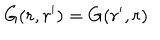
LaTeX: G ( r , r ^ { \prime } ) = G ( r ^ { \prime } , r )